Indian journal of veterinary science and animal husbandry - Volume 14,
Year: 1944
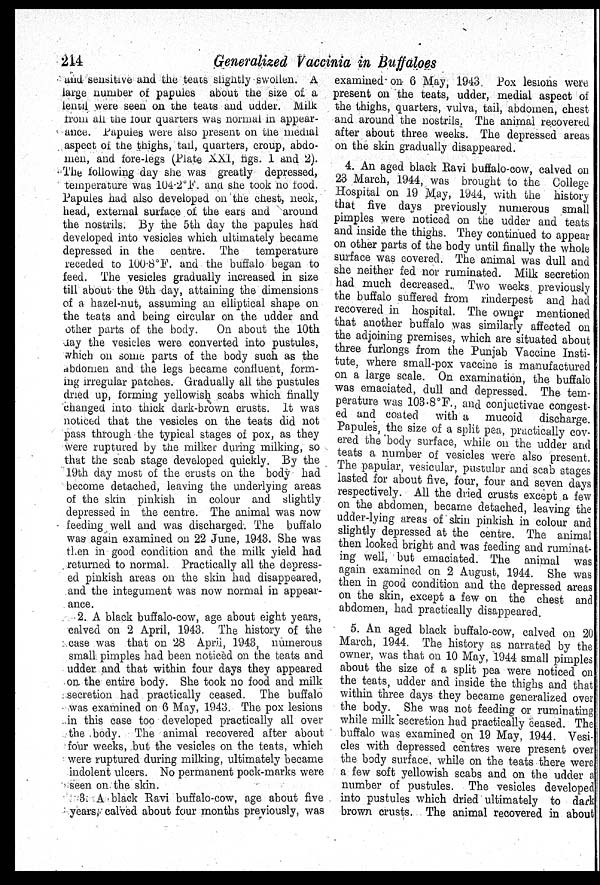
214
Generalized Vaccinia in Buffaloes
and sensitive and the teats slightly swollen. A
large number of papules about the size of a
lentil were seen on the teats and udder. Milk
from all the four quarters was normal in appear-
ance. Papules were also present on the medial
aspect of the thighs, tail, quarters, croup, abdo-
men, and fore-legs (Plate XXI, figs. 1 and 2).
The following day she was greatly depressed,
temperature was 104.2 o F. and she took no food.
Papules had also developed on the chest, neck,
head, external surface of the ears and around
the nostrils. By the 5th day the papules had
developed into vesicles which ultimately became
depressed in the centre. The
temperature
receded to 100.8°F. and the buffalo began to
feed. The vesicles gradually increased in size
till about the 9th day, attaining the dimensions
of a hazel-nut, assuming an elliptical shape on
the teats and being circular on the udder and
other parts of the body.
On about the 10th
day the vesicles were converted into pustules,
which on some parts of the body such as the
abdomen and the legs became confluent, form-
ing irregular patches. Gradually all the pustules
dried up, forming yellowish scabs which finally
changed into thick dark-brown crusts. It was
noticed that the vesicles on the teats did not
pass through the typical stages of pox, as they
were ruptured by the milker during milking, so
that the scab stage developed quickly. By the
19th day most of the crusts on the body had
become detached, leaving the underlying areas
of the skin pinkish in colour and slightly
depressed in the centre. The animal was now
feeding well and was discharged. The buffalo
was again examined on 22 June, 1943. She was
then in good condition and the milk yield had
returned to normal. Practically all the depress-
ed pinkish areas on the skin had disappeared,
and the integument was now normal in appear-
ance.
2. A black buffalo-cow, age about eight years,
calved on 2 April, 1943. The history of the
case was that on 28 April, 1943, numerous
small pimples had been noticed on the teats and
udder and that within four days they appeared
on the entire body. She took no food and milk
secretion had practically ceased. The buffalo
was examined on 6 May, 1943. The pox lesions
in this case too developed practically all over
the body. The animal recovered after about
four weeks, but the vesicles on the teats, which
were ruptured during milking, ultimately became
indolent ulcers. No permanent pock-marks were
seen on the skin.
3. A black Ravi buffalo-cow, age about five
years, calved about four months previously, was
examined on 6 May, 1943. Pox lesions were
present on the teats, udder, medial aspect of
the thighs, quarters, vulva, tail, abdomen, chest
and around the nostrils. The animal recovered
after about three weeks. The depressed areas
on the skin gradually disappeared.
4. An aged black Ravi buffalo-cow, calved on
23 March, 1944, was brought to the College
Hospital on 19 May, 1944, with the history
that five days previously numerous small
pimples were noticed on the udder and teats
and inside the thighs. They continued to appear
on other parts of the body until finally the whole
surface was covered. The animal was dull and
she neither fed nor ruminated. Milk secretion
had much decreased. Two weeks previously
the buffalo suffered from rinderpest and had
recovered in hospital. The owner mentioned
that another buffalo was similarly affected on
the adjoining premises, which are situated about
three furlongs from the Punjab Vaccine Insti-
tute, where small-pox vaccine is manufactured
on a large scale. On examination, the buffalo
was emaciated, dull and depressed. The tem-
perature was 103.8°F., and conjuctivae congest-
ed and coated
with a mucoid
discharge.
Papules, the size of a split pea, practically cov-
ered the body surface, while on the udder and
teats a number of vesicles were also present.
The papular, vesicular, pustular and scab stages
lasted for about five, four, four and seven days
respectively. All the dried crusts except a few
on the abdomen, became detached, leaving the
udder-lying areas of skin pinkish in colour and
slightly depressed at the centre. The animal
then looked bright and was feeding and ruminat-
ing well, but emaciated. The animal was
again examined on 2 August, 1944. She was
then in good condition and the depressed areas
on the skin, except a few on the chest and
abdomen, had practically disappeared.
5. An aged black buffalo-cow, calved on 20
March, 1944. The history as narrated by the
owner, was that on 10 May, 1944 small pimples
about the size of a split pea were noticed on
the teats, udder and inside the thighs and that
within three days they became generalized over
the body. She was not feeding or ruminating
while milk secretion had practically ceased. The
buffalo was examined on 19 May, 1944. Vesi-
cles with depressed centres were present over
the body surface, while on the teats there were
a few soft yellowish scabs and on the udder a
number of pustules. The vesicles developed
into pustules which dried ultimately to dark
brown crusts. The animal recovered in about